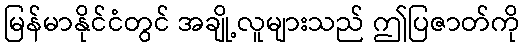
မြန်မာနိုင်ငံတွင် အချို့လူများသည် ဤပြဇာတ်ကို